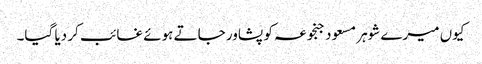
کیوں میرے شوہر مسعود جنجوعہ کو پشاور جاتے ہوئے غائب کر دیا گیا۔